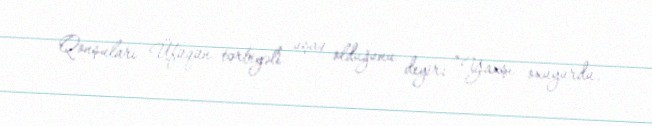
Qonşuları Üfüqün tərbiyəli uşaq olduğunu deyir: “Yaxşı oxuyurdu.